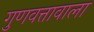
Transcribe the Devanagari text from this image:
गुणवत्तावाला